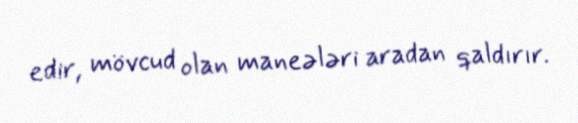
edir, mövcud olan maneələri aradan qaldırır.